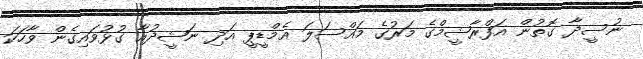
ނުސީދާ ގޮތުން އަފްރާޝީމްގެ މަރުގެ މައްސަލަ އެމްޑީޕީ އަދި ނަޝީދުއާ ގުޅުވައިގެން ވާހަކަ